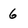
Character: 6